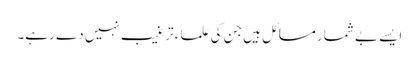
ایسے بے شمار مسائل ہیں جن کی علماء ترغیب نہیں دے رہے۔